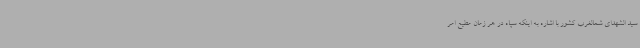
سید الشهدای شمالغرب کشور با اشاره به اینکه سپاه در هر زمان مطیع امر